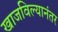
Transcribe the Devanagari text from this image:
खाजविल्यानंतर